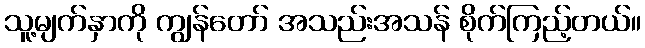
သူ့မျက်နှာကို ကျွန်တော် အသည်းအသန် စိုက်ကြည့်တယ်။